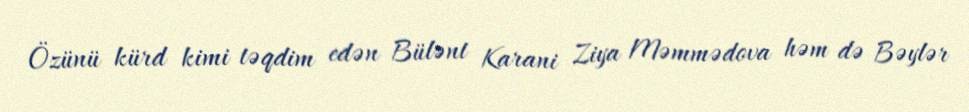
Özünü kürd kimi təqdim edən Bülənt Karani Ziya Məmmədova həm də Bəylər